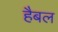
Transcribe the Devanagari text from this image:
हैबल